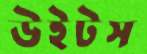
উইটস